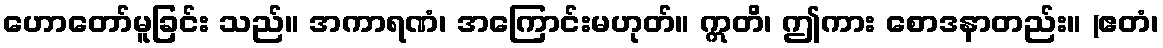
ဟောတော်မူခြင်း သည်။ အကာရဏံ၊ အကြောင်းမဟုတ်။ ဣတိ၊ ဤကား စောဒနာတည်း။ (ဧတံ၊